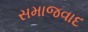
સમાજવાદ